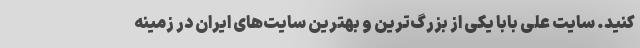
کنید. سایت علی بابا یکی از بزرگ‌ترین و بهترین سایت‌های ایران در زمینه